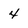
Character: 4